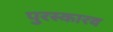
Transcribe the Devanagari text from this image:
पुरस्कारव